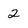
Character: 2